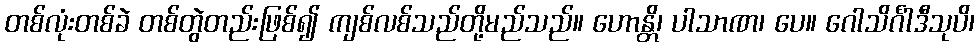
တစ်လုံးတစ်ခဲ တစ်တွဲတည်းဖြစ်၍ ကျစ်လစ်သည်တို့မည်သည်။ ဟောန္တိ၊ ပါသာဏ၊ ပေ။ ဂေါသိင်္ဂါဒီသုပိ၊